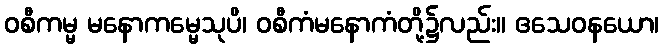
ဝစီကမ္မ မနောကမ္မေသုပိ၊ ဝစီကံမနောကံတို့၌လည်း။ ဧသေဝနယော၊